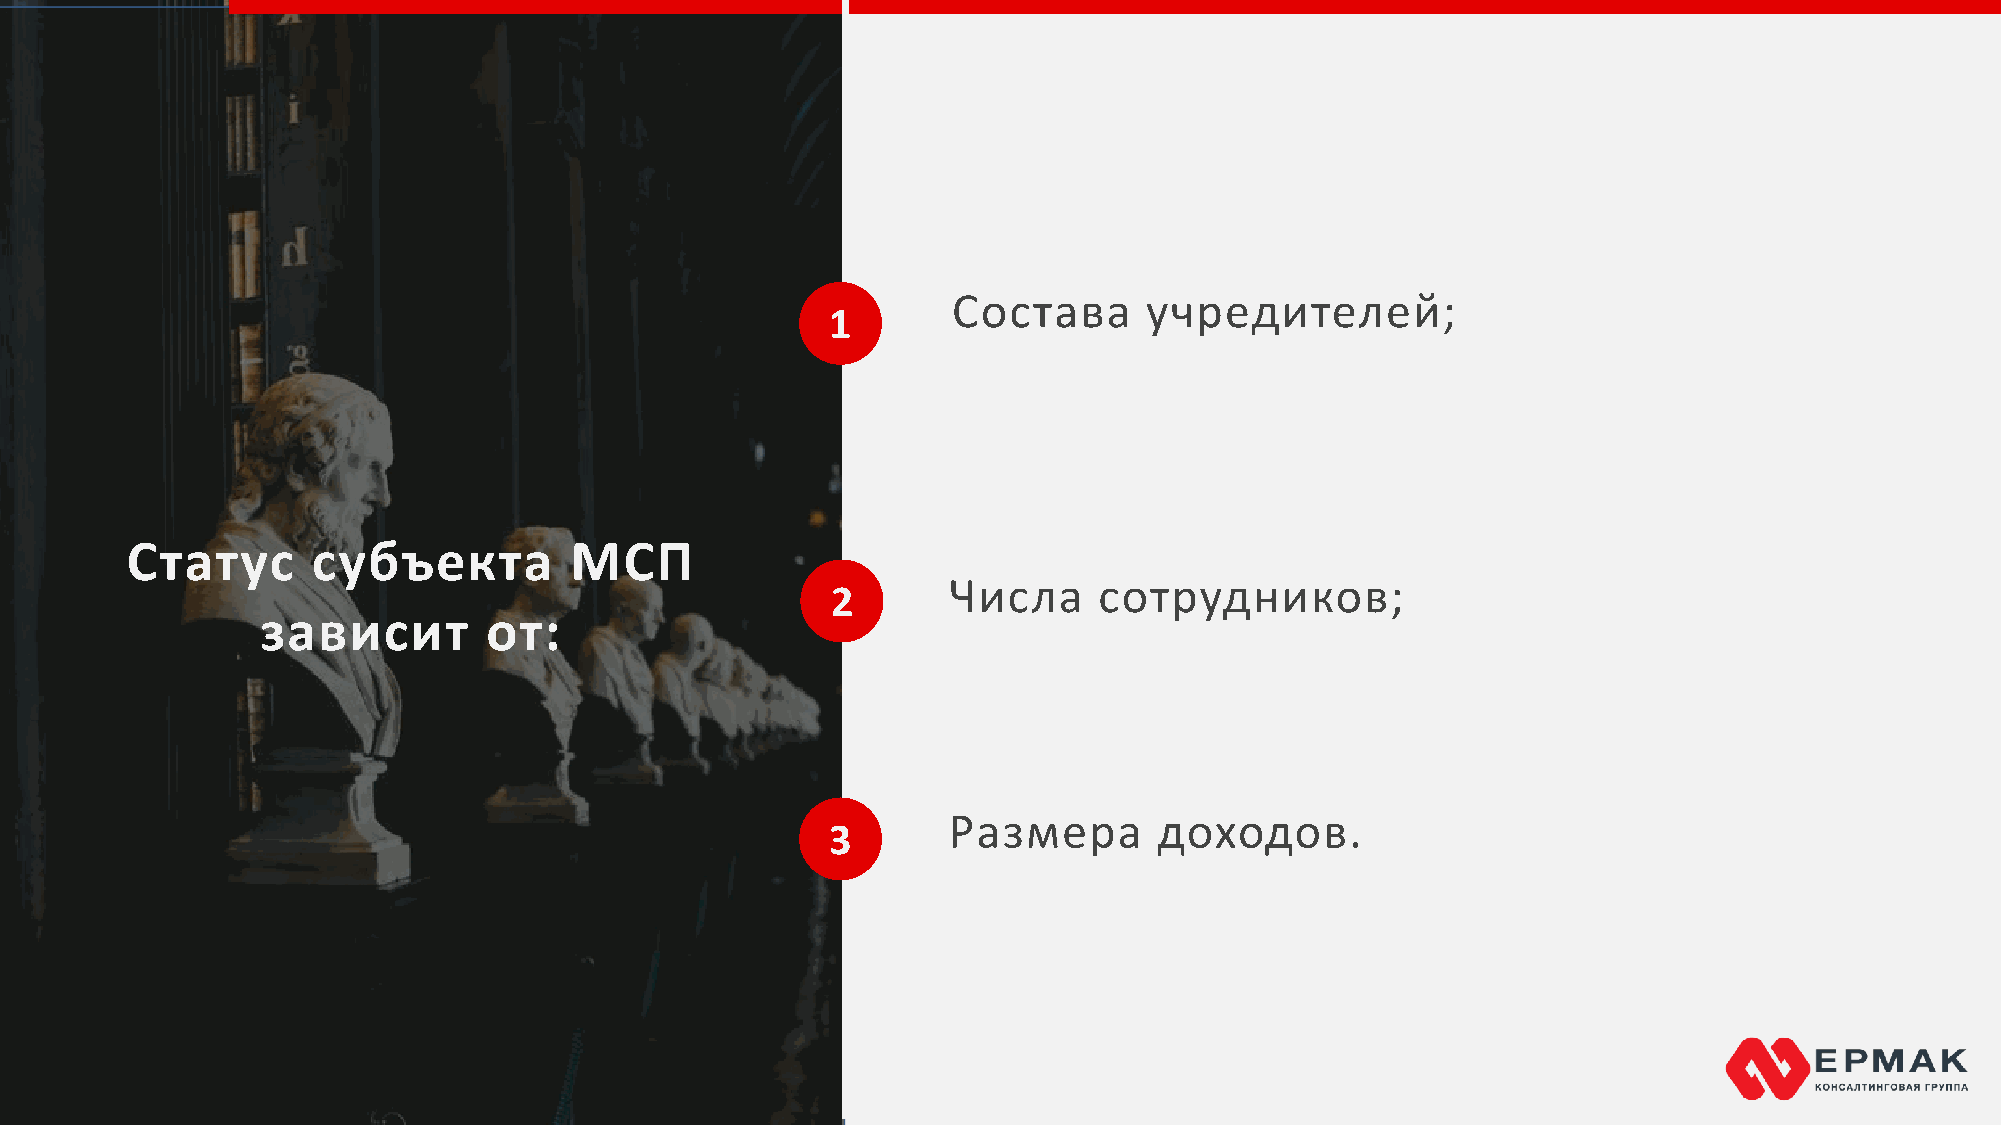
Состава      учредителей;
 1
 Статус       субъекта         МСП
 Числа     сотрудников;
 2
 зависит        от:
 Размера       доходов.
 3